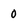
Character: 0